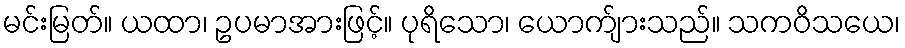
မင်းမြတ်။ ယထာ၊ ဥပမာအားဖြင့်။ ပုရိသော၊ ယောက်ျားသည်။ သကဝိသယေ၊